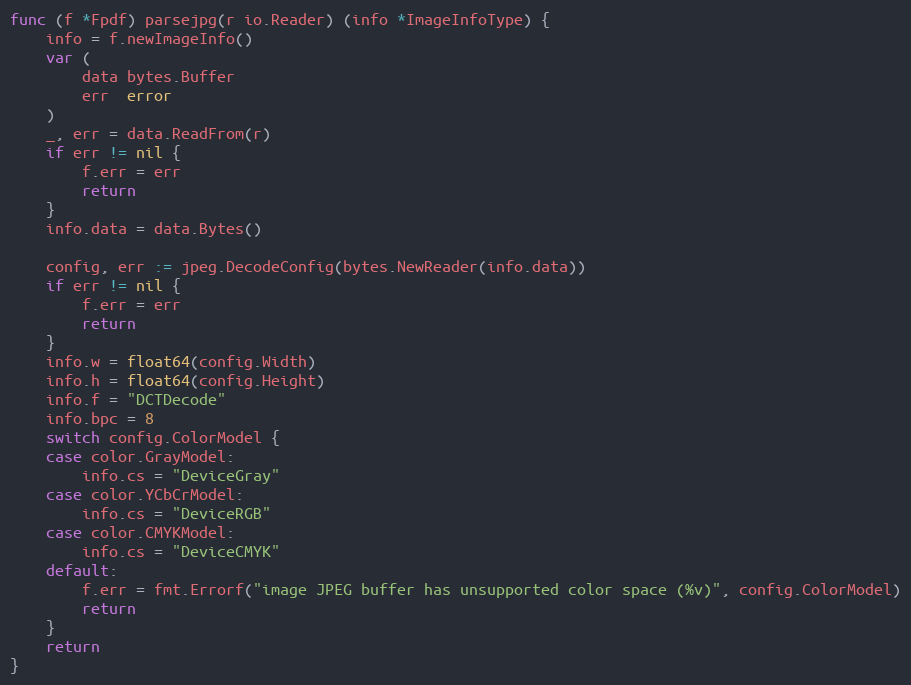
Language: Go
func (f *Fpdf) parsejpg(r io.Reader) (info *ImageInfoType) {
	info = f.newImageInfo()
	var (
		data bytes.Buffer
		err  error
	)
	_, err = data.ReadFrom(r)
	if err != nil {
		f.err = err
		return
	}
	info.data = data.Bytes()

	config, err := jpeg.DecodeConfig(bytes.NewReader(info.data))
	if err != nil {
		f.err = err
		return
	}
	info.w = float64(config.Width)
	info.h = float64(config.Height)
	info.f = "DCTDecode"
	info.bpc = 8
	switch config.ColorModel {
	case color.GrayModel:
		info.cs = "DeviceGray"
	case color.YCbCrModel:
		info.cs = "DeviceRGB"
	case color.CMYKModel:
		info.cs = "DeviceCMYK"
	default:
		f.err = fmt.Errorf("image JPEG buffer has unsupported color space (%v)", config.ColorModel)
		return
	}
	return
}